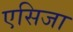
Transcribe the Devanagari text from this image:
एसिजा